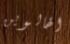
الهالوين